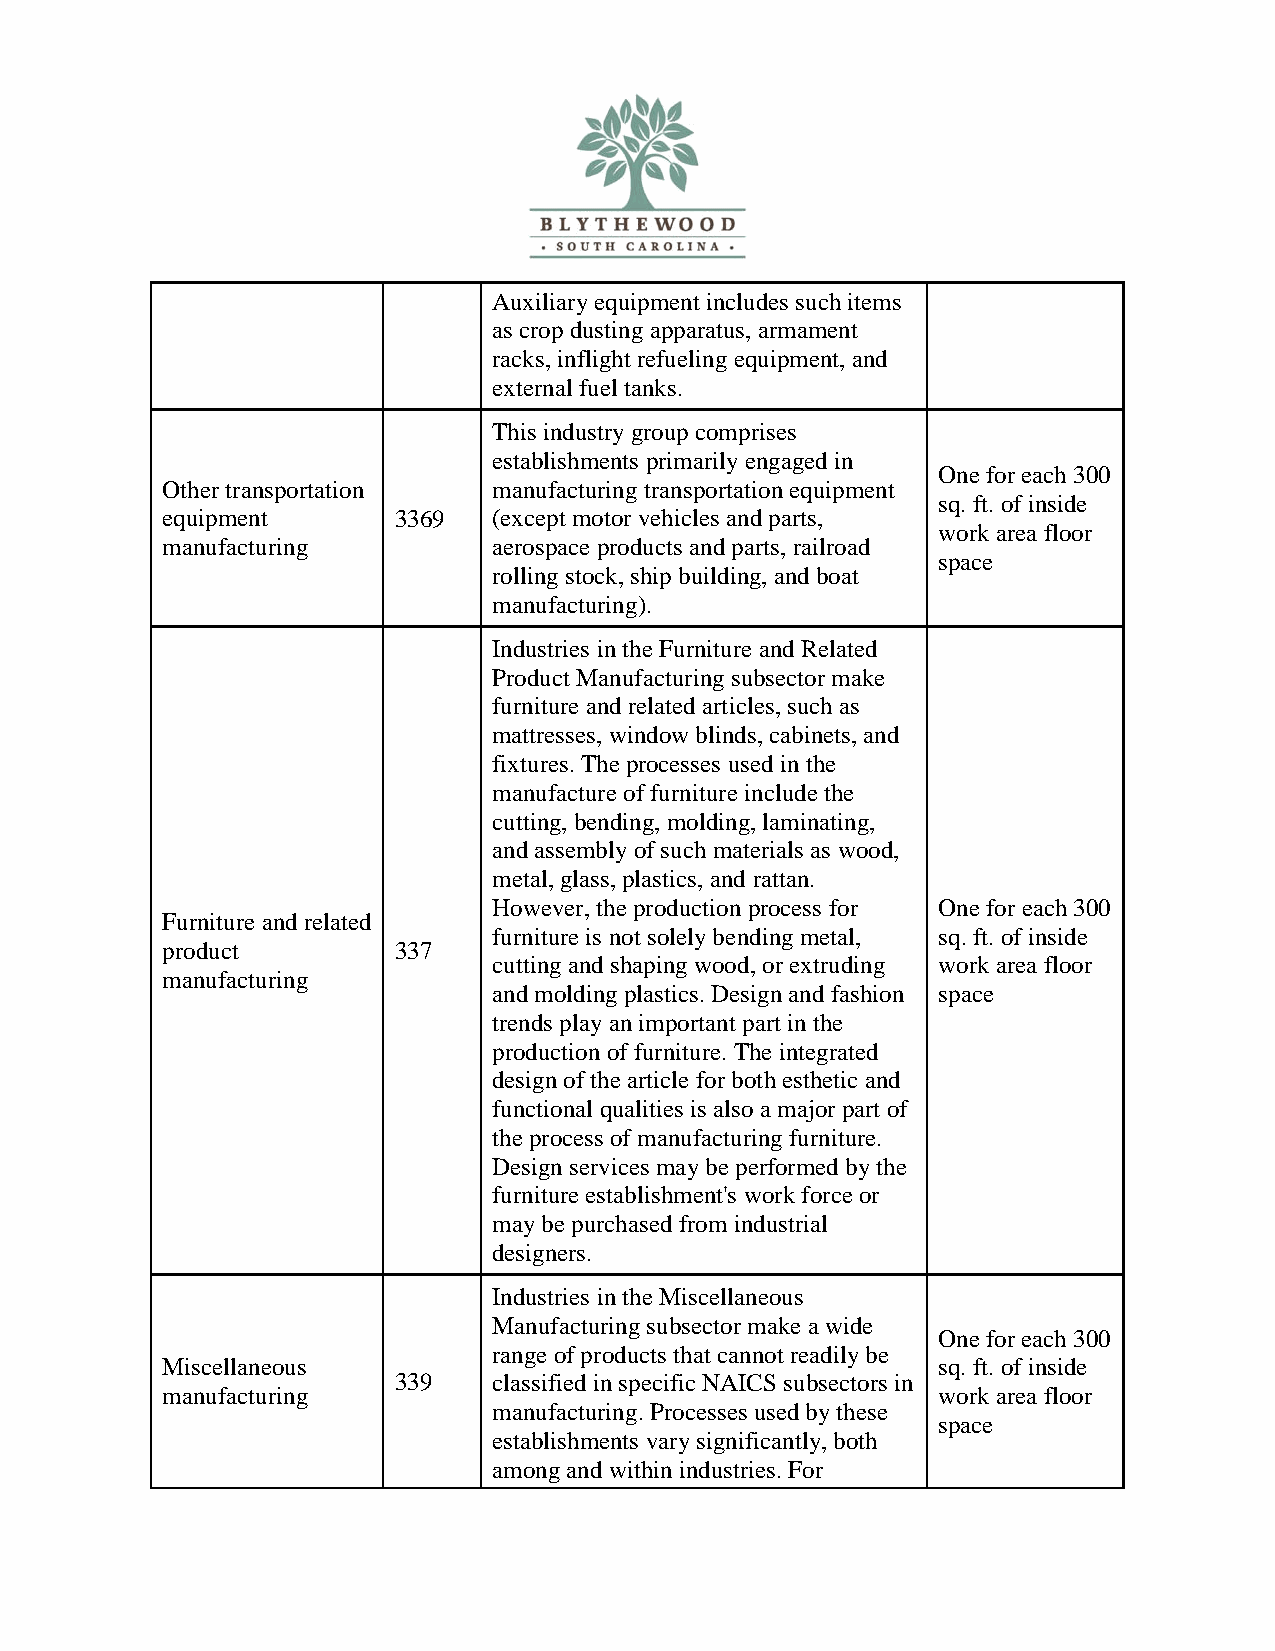
Auxiliary equipment includes such items
 as crop dusting apparatus, armament
 racks, inflight refueling equipment, and
 external fuel tanks.
 This industry group comprises
 establishments primarily engaged in
 One for each 300
 Other transportation  manufacturing transportation equipment
 sq. ft. of inside
 equipment      3369   (except motor vehicles and parts,
 work area floor
 manufacturing         aerospace products and parts, railroad
 space
 rolling stock, ship building, and boat
 manufacturing).
 Industries in the Furniture and Related
 Product Manufacturing subsector make
 furniture and related articles, such as
 mattresses, window blinds, cabinets, and
 fixtures. The processes used in the
 manufacture of furniture include the
 cutting, bending, molding, laminating,
 and assembly of such materials as wood,
 metal, glass, plastics, and rattan.
 However, the production process for One for each 300
 Furniture and related
 furniture is not solely bending metal, sq. ft. of inside
 product        337
 cutting and shaping wood, or extruding work area floor
 manufacturing
 and molding plastics. Design and fashion space
 trends play an important part in the
 production of furniture. The integrated
 design of the article for both esthetic and
 functional qualities is also a major part of
 the process of manufacturing furniture.
 Design services may be performed by the
 furniture establishment's work force or
 may be purchased from industrial
 designers.
 Industries in the Miscellaneous
 Manufacturing subsector make a wide
 One for each 300
 range of products that cannot readily be
 Miscellaneous                                      sq. ft. of inside
 339    classified in specific NAICS subsectors in
 manufacturing                                      work area floor
 manufacturing. Processes used by these
 space
 establishments vary significantly, both
 among and within industries. For